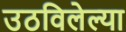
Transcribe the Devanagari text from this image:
उठविलेल्या